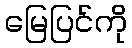
မြေပြင်ကို